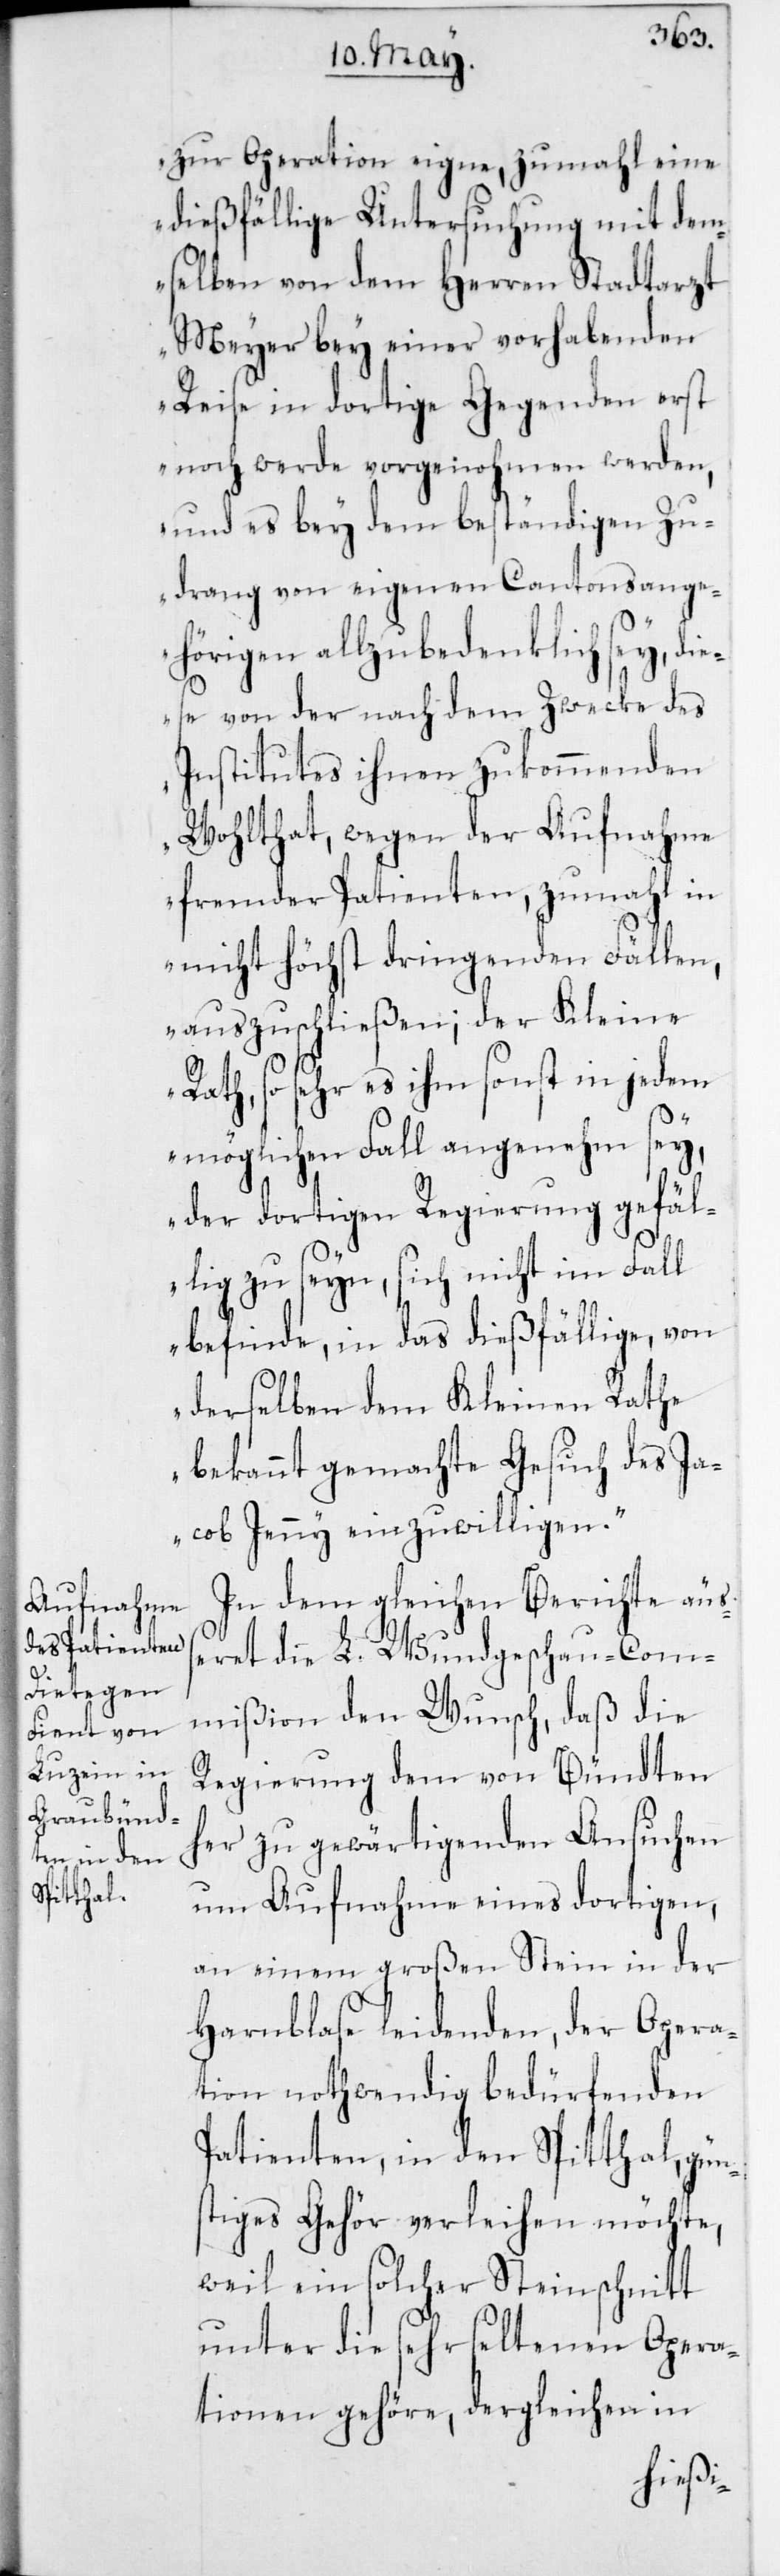
zur Operation eigne, zumahl eine
dießfällige Untersuchung mit dem¬
selben von dem Herren Stadtarzt
Meyer bey einer vorhabenden
Reise in dortige Gegenden erst
noch werde vorgenohmen werden,
und es bey dem beständigen Zu¬
drang von eigenen Cantonsange¬
hörigen allzu bedenklich sey, die¬
se von der nach dem Zwecke des
Institutes ihnen zukommenden
Wohlthat, wegen der Aufnahme
fremder Patienten, zumahl in
nicht höchst dringenden Fällen,
auszuschließen; der Kleine
Rath, so sehr es ihm sonst in jedem
möglichen Fall angenehm sey,
der dortigen Regierung gefäl¬
lig zu seyn, sich nicht im Fall
befinde, in das dießfällige, von
derselben dem Kleinen Rathe
bekannt gemachte Gesuch des Ja¬
cob Jenny einzuwilligen.“
In dem gleichen Berichte äuß¬
eret die L. Wundgschau-Com¬
mißion den Wunsch, daß die
Regierung dem von Bündten
her zu gewärtigenden Ansuchen
um Aufnahme eines dortigen,
an einem großen Stein in der
Harnblase leidenden, der Opera¬
tion nothwendig bedürfenden
Patienten, in den Spitthal, gün¬
stiges Gehör verleihen möchte,
weil ein solcher Steinschnitt
unter die sehr seltenen Opera¬
tionen gehöre, dergleichen in